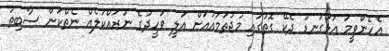
އެހެންވީމަ އަޅުގަނޑު ދެކޭ ގޮތުގައި މުޖުތަމައުއަށް އަލީ ވަހީދުގެ ނުރައްކަލެއް ނެތްކަން ސާބިތު